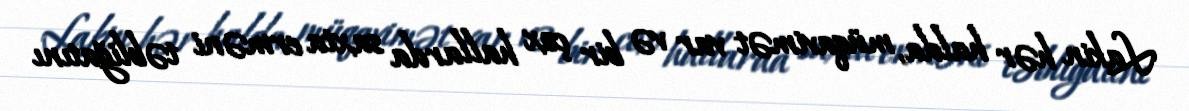
Lakin hər halda, müqavimət var və bir çox hallarda saxta erməni təbliğatını